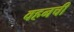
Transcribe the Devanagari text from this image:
वहनची